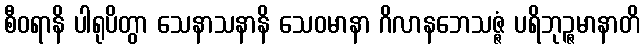
စီဝရာနိ ပါရုပိတွာ သေနာသနာနိ သေဝမာနာ ဂိလာနဘေသဇ္ဇံ ပရိဘုဉ္ဇမာနာတိ